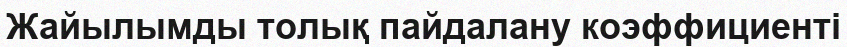
Жайылымды толық пайдалану коэффициенті